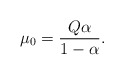
\begin{align*}\mu_0=\frac{Q \alpha}{1-\alpha}.\end{align*}